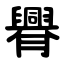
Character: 臖